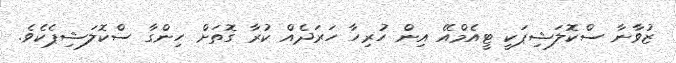
ޒުވާނާ ސްކޮލަޝިޕަކީ ޓީއެމްއޭ އިން ހުރިހާ ހަރަދެއް ކުރާ ގޮތަށް ހިންގާ ސްކޮލަޝިޕެކެވެ.